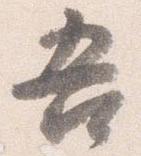
吾